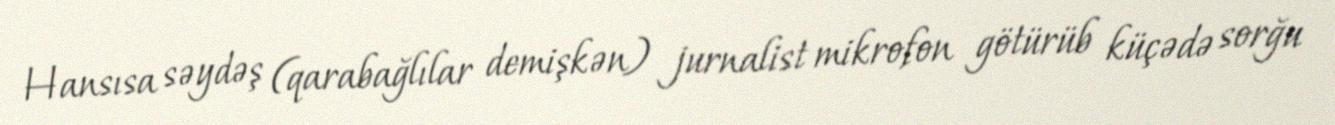
Hansısa səydəş (qarabağlılar demişkən) jurnalist mikrofon götürüb küçədə sorğu